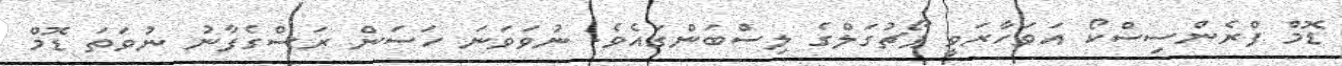
ޑޮމް ފްރެންސިސްކޯ އަވަހާރަވީ ޕޯޗުގަލްގެ ލިސްބަންގައެވެ. ނުވަވަނަ ހަސަން ރަސްގެފާނު ނުވަތަ ޑޮމް